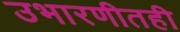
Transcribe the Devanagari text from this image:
उभारणीतही